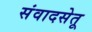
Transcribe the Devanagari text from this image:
संवादसेतू